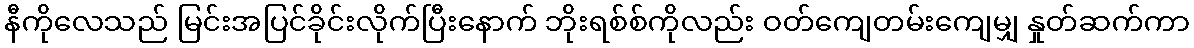
နီကိုလေသည် မြင်းအပြင်ခိုင်းလိုက်ပြီးနောက် ဘိုးရစ်စ်ကိုလည်း ဝတ်ကျေတမ်းကျေမျှ နှုတ်ဆက်ကာ